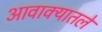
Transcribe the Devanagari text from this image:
आवाक्यातले